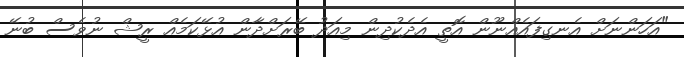
"އަހަންނަށް އެނގިފައެއްނޫން އޮތީ އެދެކުދިން މިއަދު ބޭރަށްދާން އުޅޭކަމެއް ރީޝް ނުވެސް ބުނޭ